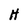
Character: H